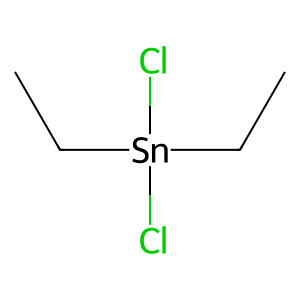
SMILES: CC[Sn](Cl)(Cl)CC
Inhibits HIV replication: No